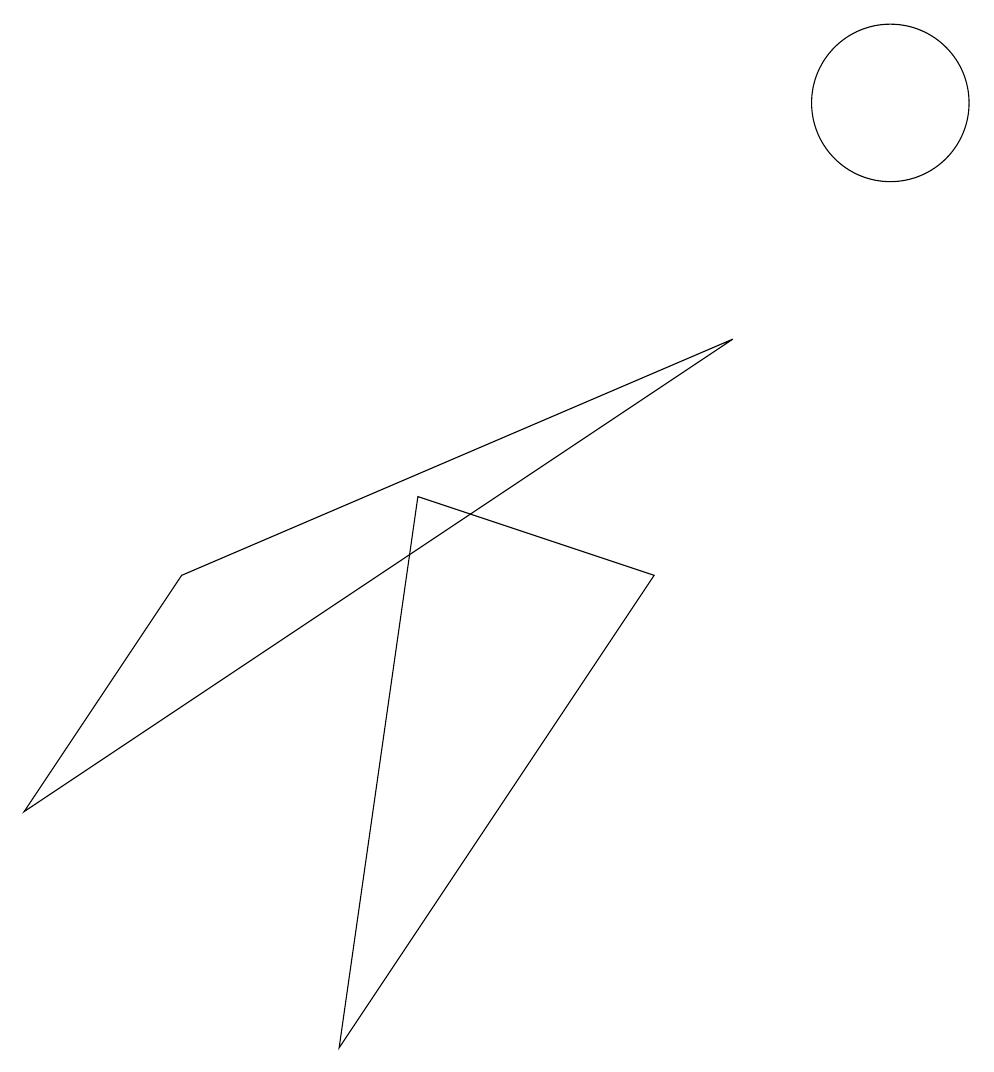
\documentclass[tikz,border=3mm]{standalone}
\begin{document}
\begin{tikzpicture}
\draw (4,0) -- (8,6) -- (5,7) -- cycle;
\draw (0,3) -- (2,6) -- (9,9) -- cycle;
\draw (11,12) circle (1);
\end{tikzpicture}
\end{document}